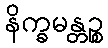
နိက္ခမန္တဉ္စ